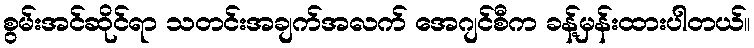
စွမ်းအင်ဆိုင်ရာ သတင်းအချက်အလက် အေဂျင်စီက ခန့်မှန်းထားပါတယ်။